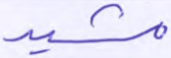
مشيد